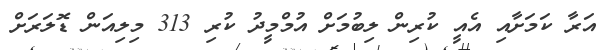
އަރާ ކަމަށާއި އެއީ ކުރިން ލިބުމަށް އުމްމީދު ކުރި 313 މިލިއަން ޑޮލަރަށް